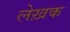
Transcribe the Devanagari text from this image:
लेख़क